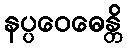
နပ္ပဝေဓေန္တိ